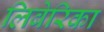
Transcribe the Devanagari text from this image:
लिबेरिका